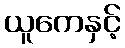
ယူကေနှင့်